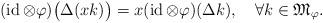
LaTeX: \begin{align*}(\operatorname{id}\otimes\varphi)\bigl(\Delta(xk)\bigr)=x(\operatorname{id}\otimes\varphi)(\Delta k),\quad\forall k\in{\mathfrak M}_{\varphi}.\end{align*}